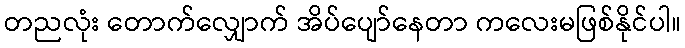
တညလုံး တောက်လျှောက် အိပ်ပျော်နေတာ ကလေးမဖြစ်နိုင်ပါ။